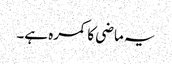
یہ ماضی کا کمرہ ہے۔